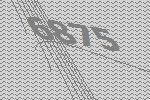
6875